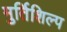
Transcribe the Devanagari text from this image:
मुर्तिशिल्प